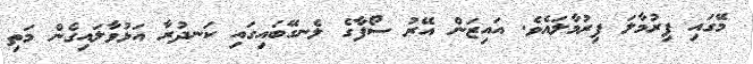
މޭގައި ފިރުމާލަ ފިރުމާލައެވެ. އައިޒަން އޭރު ސޯފާގެ ލެނގޭބައިގައި ކަނދުރާ އަޅުވާލައިގެން މަތި